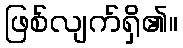
ဖြစ်လျက်ရှိ၏။